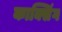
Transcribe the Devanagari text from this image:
काक्सिंग